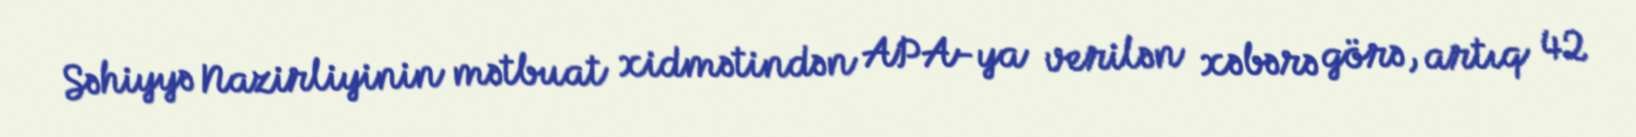
Səhiyyə Nazirliyinin mətbuat xidmətindən APA-ya verilən xəbərə görə, artıq 42